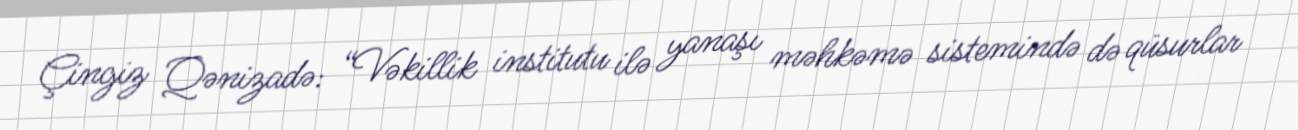
Çingiz Qənizadə: “Vəkillik institutu ilə yanaşı məhkəmə sistemində də qüsurlar